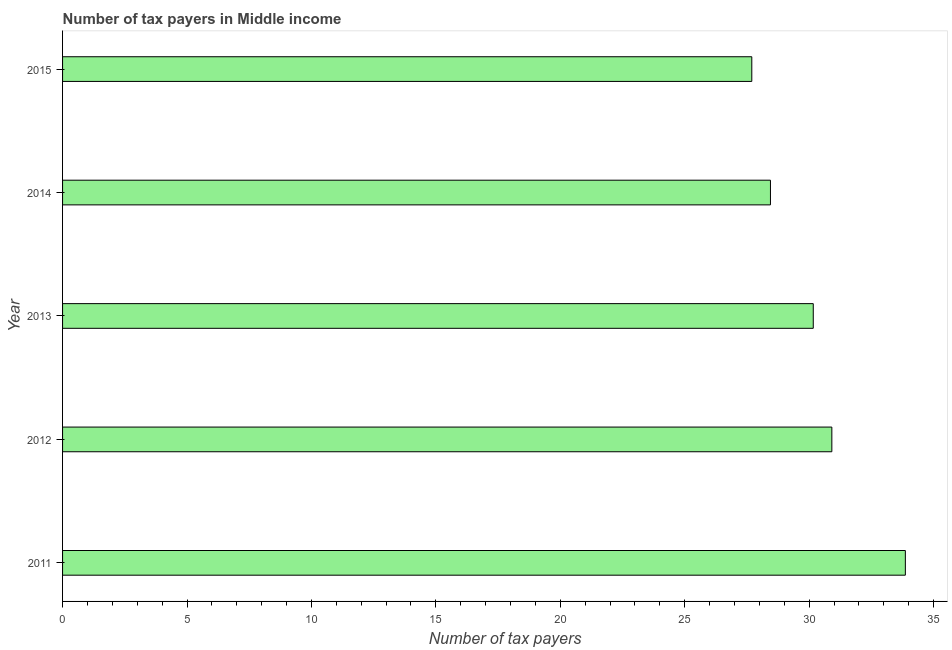
| Year | Tax payments |
 | --- | --- |
 | 2011 | 33.9 |
 | 2012 | 30.9 |
 | 2013 | 30.2 |
 | 2014 | 28.4 |
 | 2015 | 27.7 |